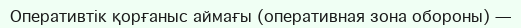
Оперативтік қорғаныс аймағы (оперативная зона обороны) —